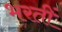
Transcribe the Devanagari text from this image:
भरतीं